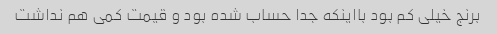
برنج خیلی کم بود بااینکه جدا حساب شده بود و قیمت کمی هم نداشت